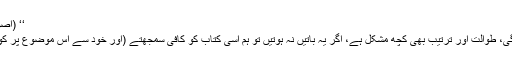
‘‘ (اصول الدین لابی الیسر البزدوی)
’’اس کتاب میں قدرے پیچیدگی، طوالت اور ترتیب بھی کچھ مشکل ہے، اگر یہ باتیں نہ ہوتیں تو ہم اسی کتاب کو کافی سمجھتے (اور خود سے اس موضوع پر کوئی کتاب تحریر نہ کرتے) ۔